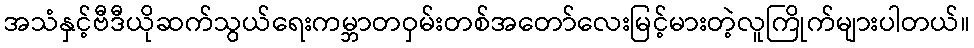
အသံနှင့်ဗီဒီယိုဆက်သွယ်ရေးကမ္ဘာတဝှမ်းတစ်အတော်လေးမြင့်မားတဲ့လူကြိုက်များပါတယ်။